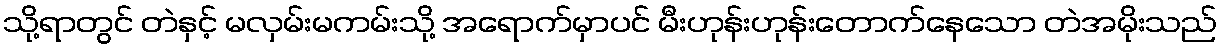
သို့ရာတွင် တဲနှင့် မလှမ်းမကမ်းသို့ အရောက်မှာပင် မီးဟုန်းဟုန်းတောက်နေသော တဲအမိုးသည်